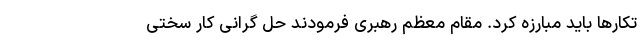
تکارها باید مبارزه کرد. مقام معظم رهبری فرمودند حل گرانی کار سختی